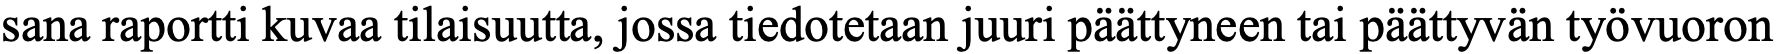
sana raportti kuvaa tilaisuutta, jossa tiedotetaan juuri päättyneen tai päättyvän työvuoron